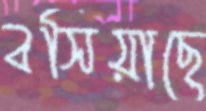
বসিয়াছে